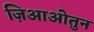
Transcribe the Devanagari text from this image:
ज़िआओतुन